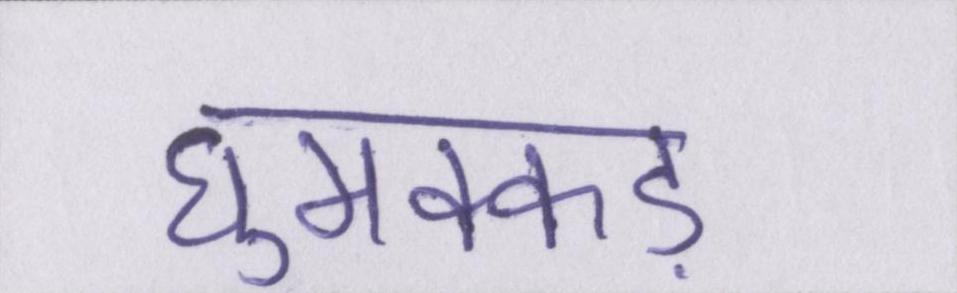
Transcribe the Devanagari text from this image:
घुमक्कड़